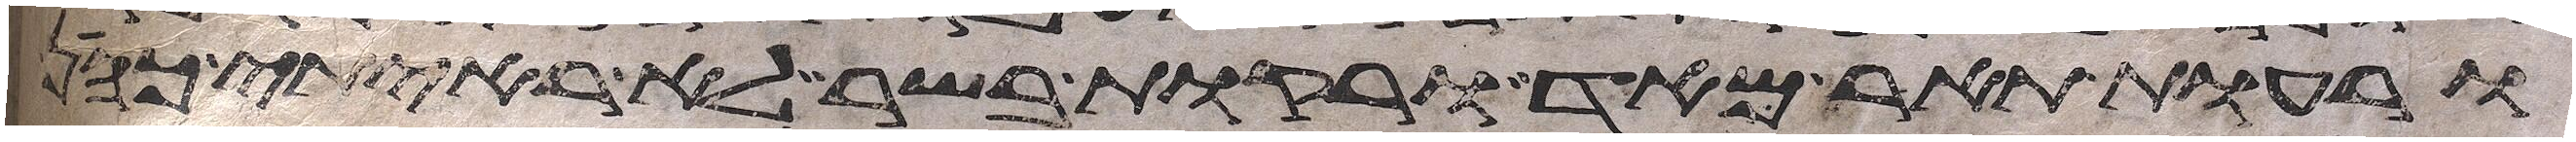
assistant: ורעות תאר מאד ורקות בשר לא ראיתי כהן